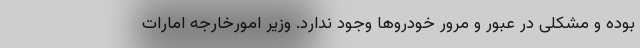
بوده و مشکلی در عبور و مرور خودروها وجود ندارد. وزیر امورخارجه امارات